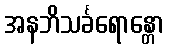
အနဘိသင်္ခရောန္တော